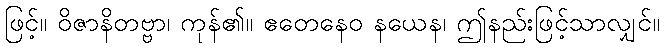
ဖြင့်။ ဝိဇာနိတဗ္ဗာ၊ ကုန်၏။ ဧတေနေဝ နယေန၊ ဤနည်းဖြင့်သာလျှင်။